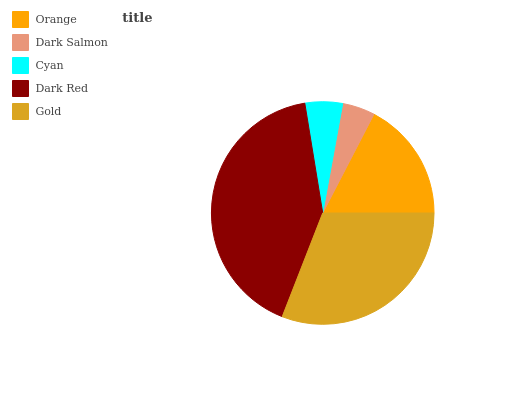
| Orange | Dark Salmon | Cyan | Dark Red | Gold |
 | --- | --- | --- | --- | --- |
 | 17.4% | 4.73% | 5.45% | 41.6% | 30.9% |